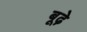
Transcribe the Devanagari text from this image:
बूढ़े़